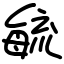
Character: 毓